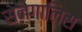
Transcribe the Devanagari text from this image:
सेनेगालिस